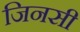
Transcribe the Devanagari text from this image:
जिनसी